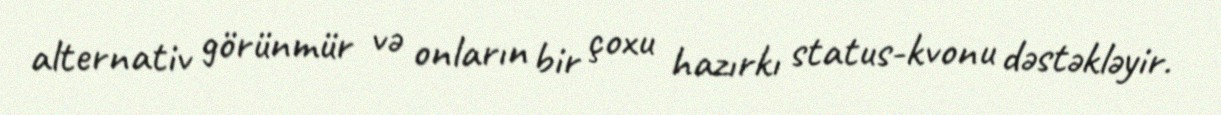
alternativ görünmür və onların bir çoxu hazırkı status-kvonu dəstəkləyir.